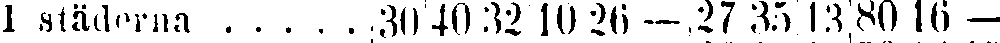
I städerna 30 40 32 10 26 - 27 35 13 80 16 -